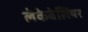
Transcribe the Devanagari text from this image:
लेकेवेलियर